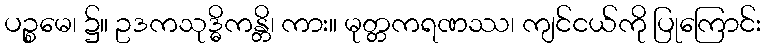
ပဉ္စမေ၊ ၌။ ဥဒကသုဒ္ဓိကန္တိ၊ ကား။ မုတ္တကရဏဿ၊ ကျင်ငယ်ကို ပြုကြောင်း